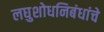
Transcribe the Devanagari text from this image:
लघुशोधनिबंधांचे